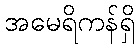
အမေရိကန်ရှိ